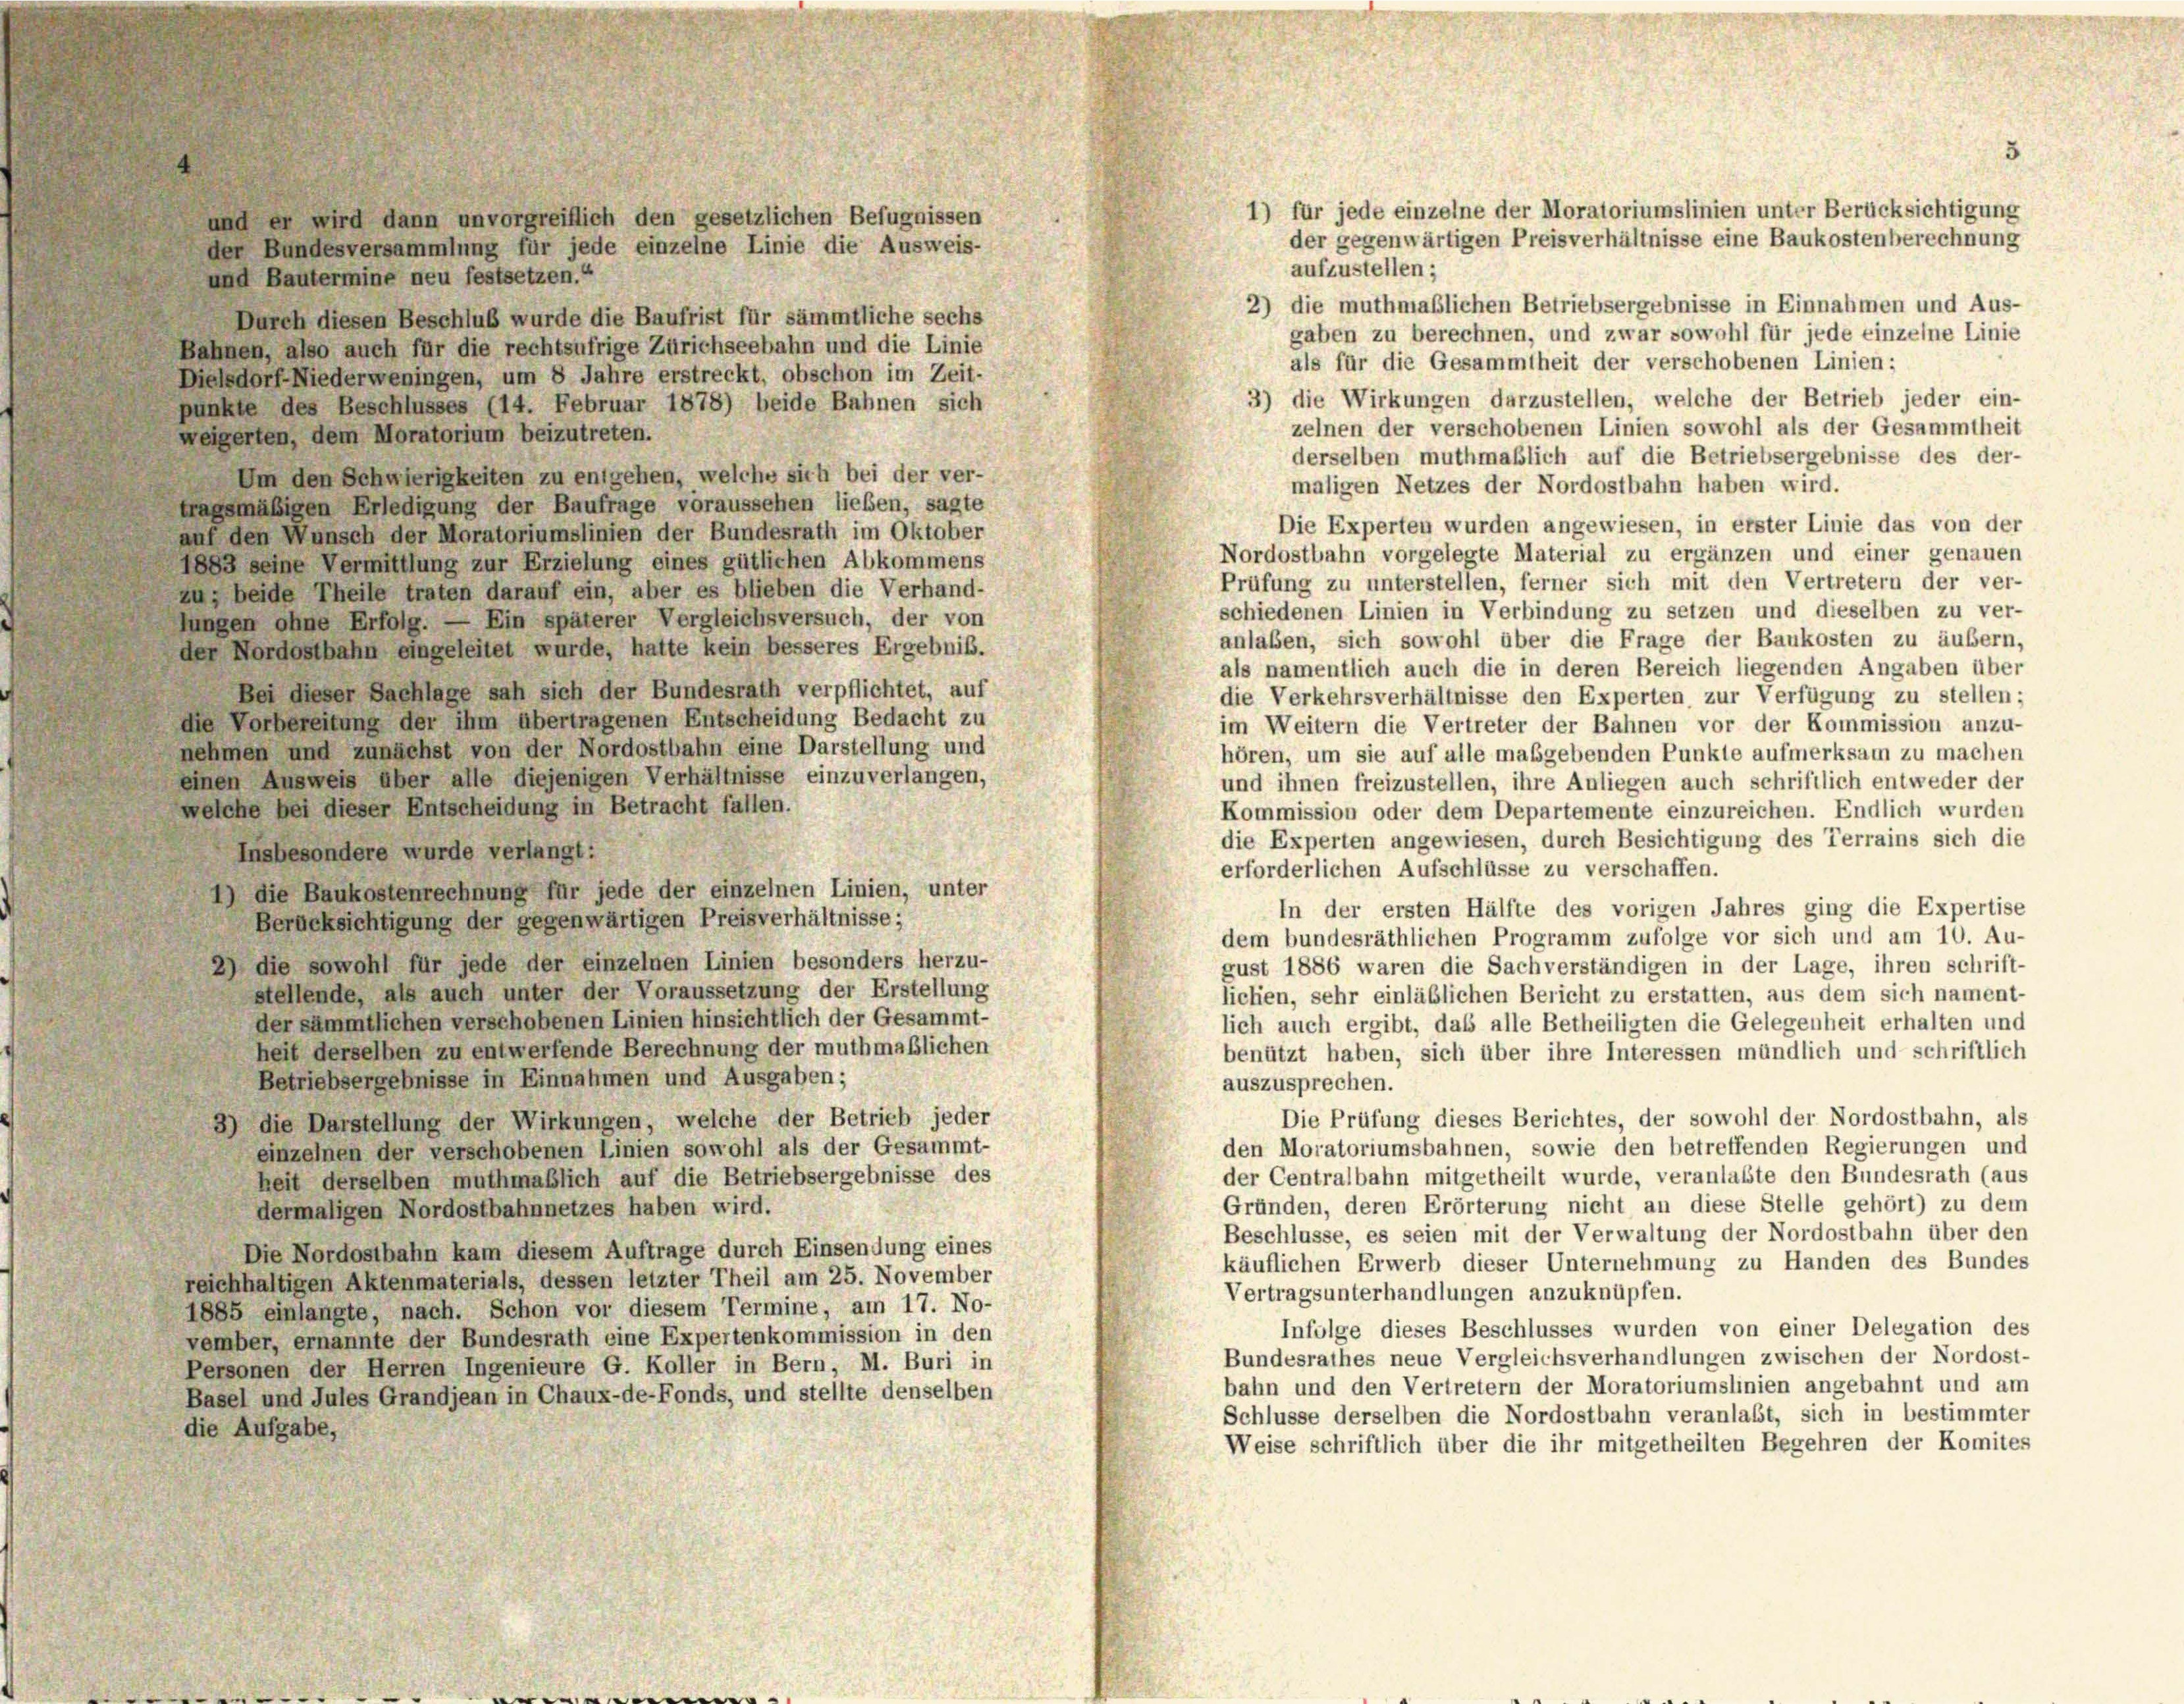
5

1) für jede einzelne der Moratoriumslinien unter Berücksichtigung
und er wird dann unvorgreiflich den gesetzlichen Befugnissen
der gegenwärtigen Preisverhältnisse eine Baukostenberechnung
der Bundesversammlung für jede einzelne Linie die Ausweis-
aufzustellen;
und Bautermine neu festsetzen.“
2) die muthmaßlichen Betriebsergebnisse in Einnahmen und Aus-
Durch diesen Beschluß wurde die Baufrist für sämmtliche sechs
gaben zu berechnen, und zwar sowohl für jede einzelne Linie
Bahnen, also auch für die rechtsufrige Zürichseebahn und die Linie
als für die Gesammtheit der verschobenen Linien;
Dielsdorf-Niederweningen, um 8 Jahre erstreckt, obschon im Zeit-
3) die Wirkungen darzustellen, welche der Betrieb jeder ein-
punkte des Beschlusses (14. Februar 1878) beide Bahnen sich
zelnen der verschobenen Linien sowohl als der Gesammtheit
weigerten, dem Moratorium beizutreten.
derselben muthmaßlich auf die Betriebsergebnisse des der-
Um den Schwierigkeiten zu entgehen, welche sich bei der ver-
maligen Netzes der Nordostbahn haben wird.
tragsmäßigen Erledigung der Baufrage voraussehen lieben, sagte
Die Experten wurden angewiesen, in erster Linie das von der
auf den Wunsch der Moratoriumslinien der Bundesrath im Oktober
Nordostbahn vorgelegte Material zu ergänzen und einer genauen
1883 seine Vermittlung zur Erzielung eines gütlichen Abkommens
Prüfung zu unterstellen, ferner sich mit den Vertretern der ver-
zu, beide Theile traten darauf ein, aber es blieben die Verhand-
schiedenen Linien in Verbindung zu setzen und dieselben zu ver-
Jungen ohne Erfolg. — Ein späterer Vergleichsversuch, der von
anlassen, sich sowohl über die Frage der Baukosten zu äußern,
der Nordostbahn eingeleitet wurde, hatte kein besseres Ergebnis.
als namentlich auch die in deren Bereich liegenden Angaben über
Bei dieser Sachlage sah sich der Bundesrath verpflichtet, auf
die Verkehrsverhältnisse den Experten zur Verfügung zu stellen:
die Vorbereitung der ihm übertragenen Entscheidung Bedacht zu
im Weitern die Vertreter der Bahnen vor der Kommission anzu-
nehmen und zunächst von der Nordostbahn eine Darstellung und
hören, um sie auf alle maßgebenden Punkte aufmerksam zu machen
einen Ausweis über alle diejenigen Verhältnisse einzuverlangen,
und ihnen freizustellen, ihre Anliegen auch schriftlich entweder der
welche bei dieser Entscheidung in Betracht fallen.
Kommission oder dem Departemente einzureichen. Endlich wurden
die Experten angewiesen, durch Besichtigung des Terrains sich die
Insbesondere wurde verlangt:
erforderlichen Aufschlüsse zu verschaffen.
1) die Baukostenrechnung für jede der einzelnen Linien, unter
In der ersten Hälfte des vorigen Jahres ging die Expertise
Berücksichtigung der gegenwärtigen Preisverhältnisse;
dem bundesräthlichen Programm zufolge vor sich und am 10. Au-
2) die sowohl für jede der einzelnen Linien besonders herzu-
gust 1886 waren die Sachverständigen in der Lage, ihren schrift-
stellende, als auch unter der Voraussetzung der Erstellung
lichen, sehr einläblichen Bericht zu erstatten, aus dem sich nament-
der sämmtlichen verschobenen Linien hinsichtlich der Gesammt-
lich auch ergibt, das alle Betheiligten die Gelegenheit erhalten und
heit derselben zu entwerfende Berechnung der muthmaßlichen
benützt haben, sich über ihre Interessen mündlich und schriftlich
Betriebsergebnisse in Einnahmen und Ausgaben;
auszusprechen.
Die Prüfung dieses Berichtes, der sowohl der Nordostbahn, als
3) die Darstellung der Wirkungen, welche der Betrieb jeder
den Moratoriumsbahnen, sowie den betreffenden Regierungen und
einzelnen der verschobenen Linien sowohl als der Gesammt-
der Centralbahn mitgetheilt wurde, veranlaßte den Bundesrath (aus
heit derselben muthmaßlich auf die Betriebsergebnisse des
Gründen, deren Erörterung nicht an diese Stelle gehört) zu dem
dermaligen Nordostbahnnetzes haben wird.
Beschlüsse, es seien mit der Verwaltung der Nordostbahn über den
Die Nordostbahn kam diesem Auftrage durch Einsendung eines
käuflichen Erwerb dieser Unternehmung zu Handen des Bundes
reichhaltigen Aktenmaterials, dessen letzter Theil am 25. November
Vertragsunterhandlungen anzuknüpfen.
1885 einlangte, nach. Schon vor diesem Termine, am 17. No-
Infolge dieses Beschlusses wurden von einer Delegation des
vember, ernannte der Bundesrath eine Expertenkommission in den
Bundesrathes neue Vergleichsverhandlungen zwischen der Nordost.
Personen der Herren Ingenieure G. Koller in Bern, M. Buri in
bahn und den Vertretern der Moratoriumslinien angebahnt und am
Basel und Jules Grandjean in Chaux-de-Fonds, und stellte denselben
Schlüsse derselben die Nordostbahn veranlaßt, sich in bestimmter
die Aufgabe,
Weise schriftlich über die ihr mitgetheilten Begehren der Komites